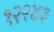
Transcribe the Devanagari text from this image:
१२२४३